Vabadussoja_Ajaloo_Komitee, lk 6
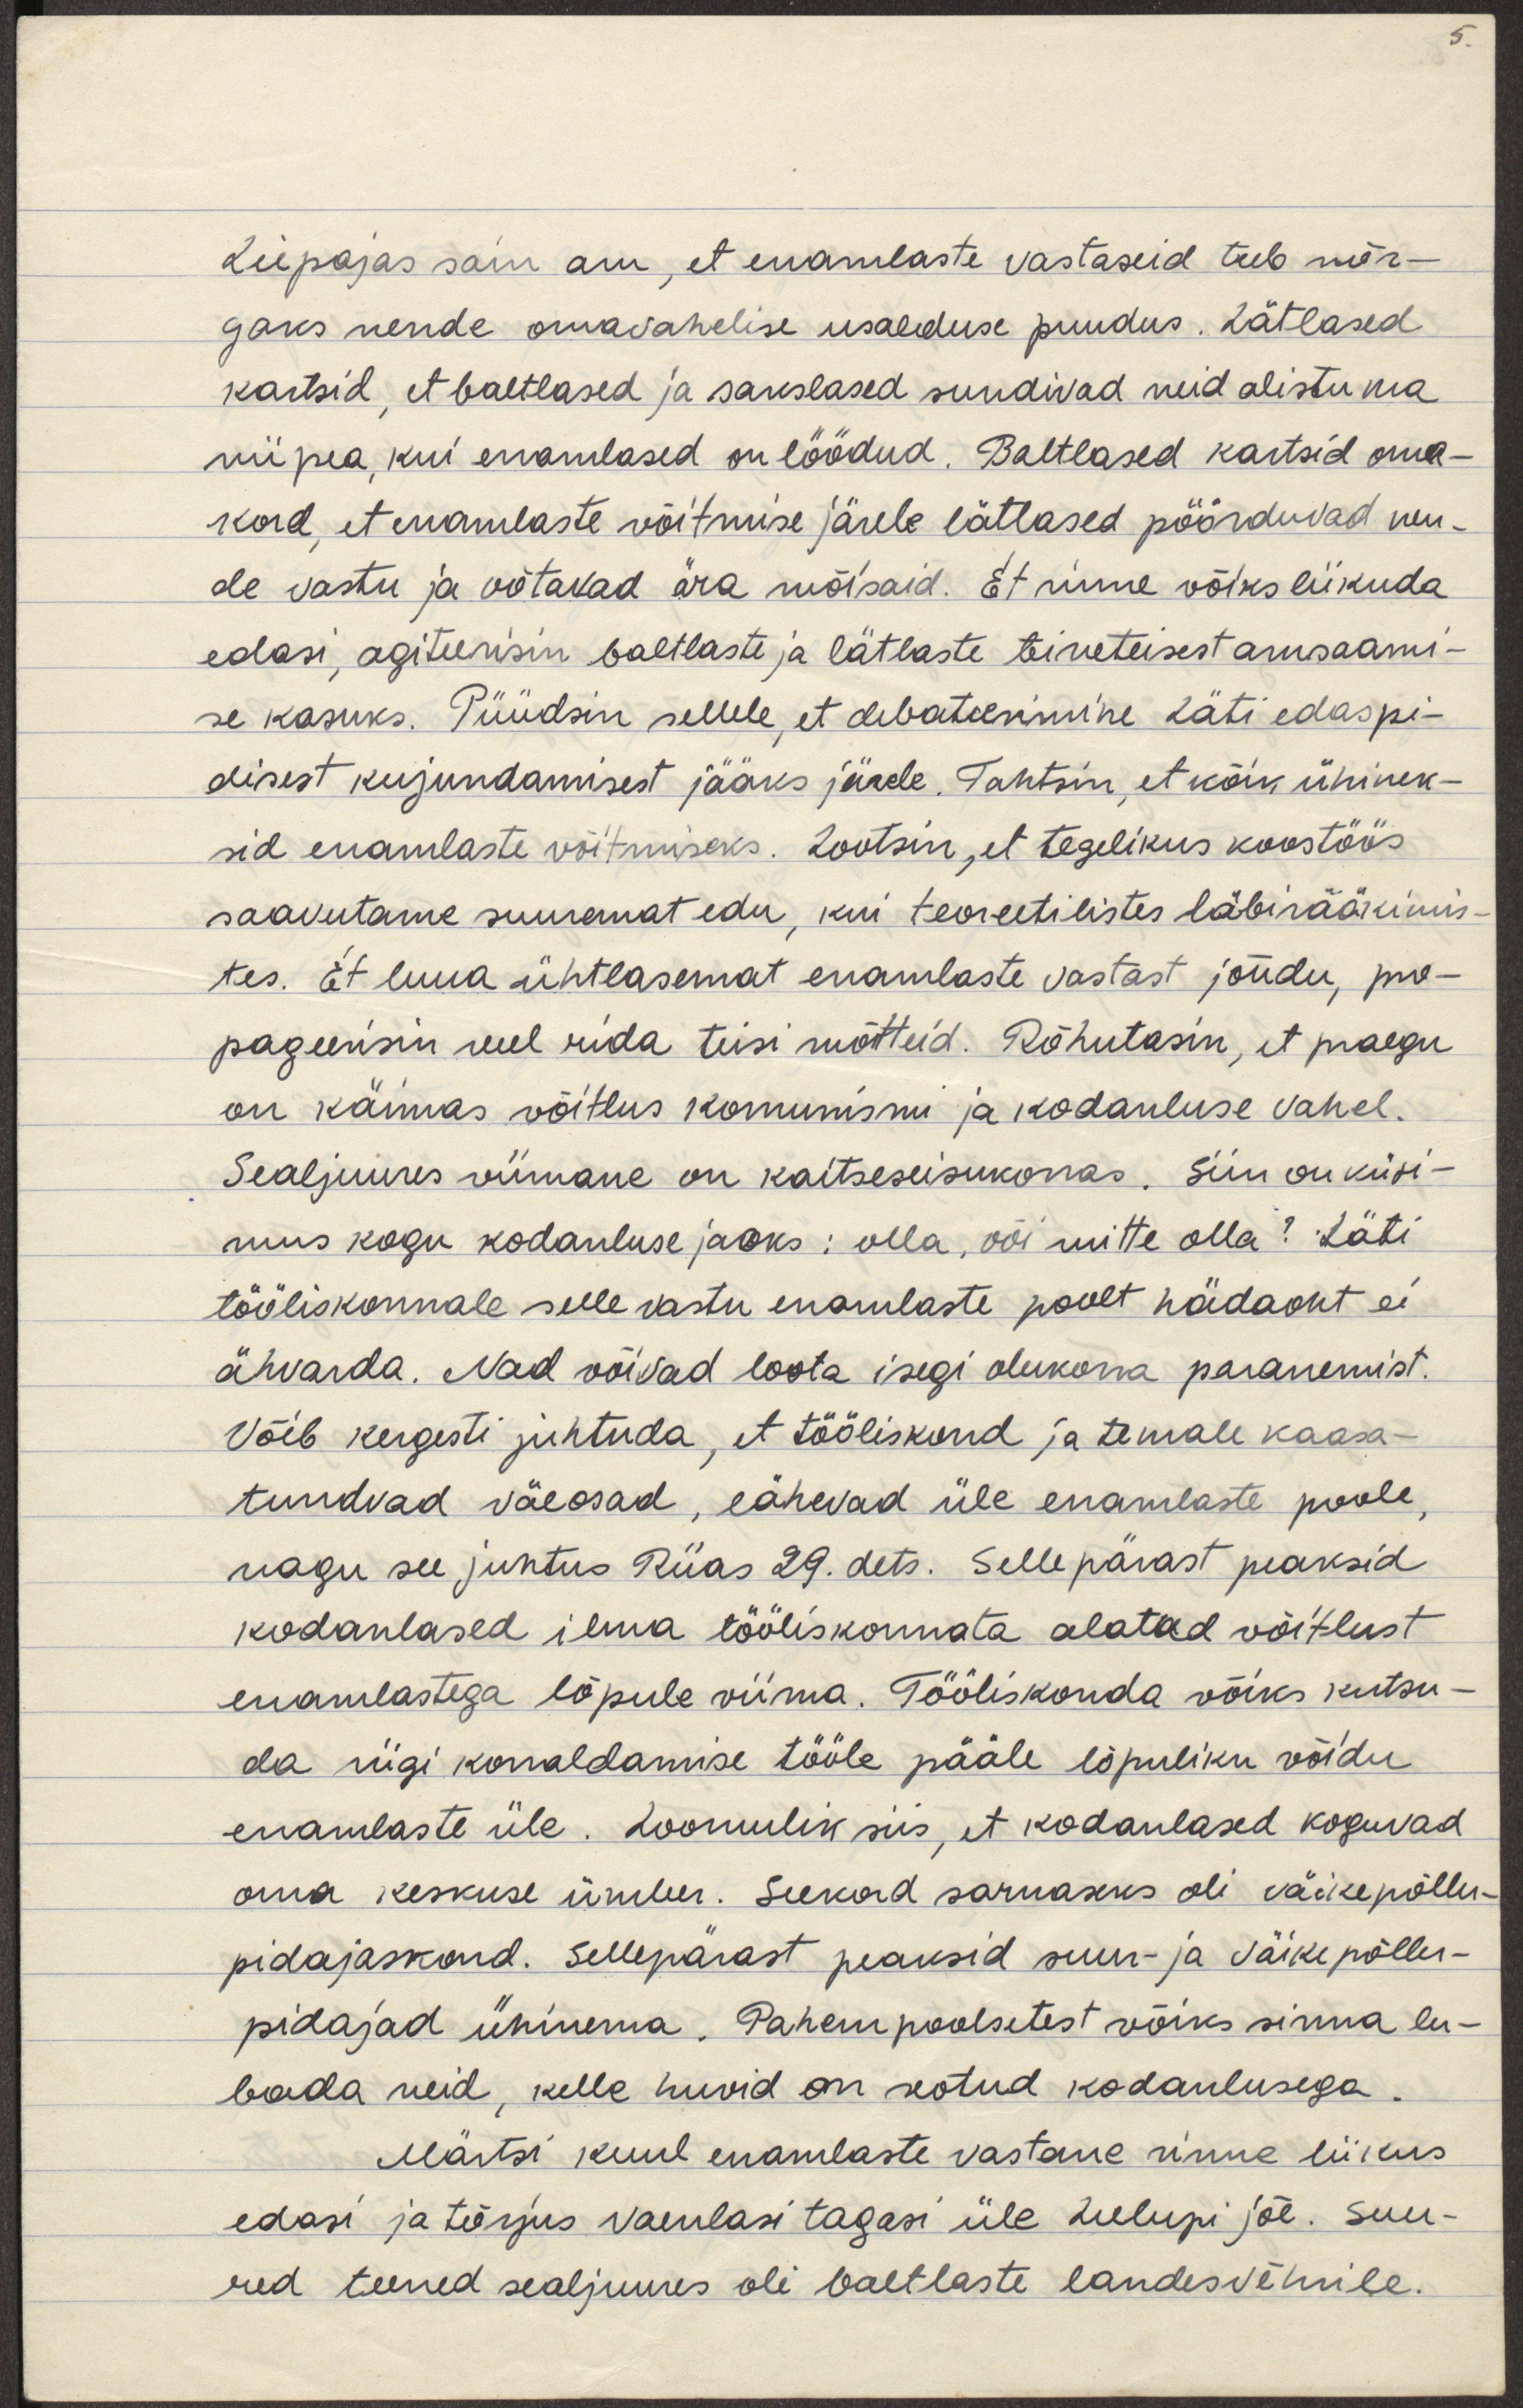
Liepajas sain aru, et enamlaste vastaseid teeb nõr-
gaks nende omavahelise usalduse puudus. Lätlased
kartsid, et baltlased ja sakslased sundivad neid alistuma
niipea, kui enamlased on löödud. Baltlased kartsid oma-
kord, et enamlaste võitmise järele lätlased pöörduvad nen-
de vastu ja võtavad ära mõisaid. Et rinne võiks liikuda
edasi, agiteerisin baltlaste ja lätlaste teineteisest arusaami-
se kasuks. Püüdsin sellele, et debateerimine Läti edaspi-
disest kujundamisest jääks järele. Tahtsin, et kõik ühinek-
sid enamlaste võitmiseks. Lootsin, et tegelikus koostöös
saavutame suuremat edu, kui teoreetilistes läbirääkimis-
tes. Et luua ühtlasemat enamlaste vastast jõudu, pro-
pageerisin veel rida teisi mõtteid. Rõhutasin, et praegu
on käimas võitlus komunismi ja kodanluse vahel.
Sealjuures viimane on kaitseseisukorras. Siin on küsi-
mus kogu kodanluse jaoks: olla, või mitte olla? Läti
tööliskonnale selle vastu enamlaste poolt hädaoht ei
ähvarda. Nad võivad loota isegi olukorra paranemist.
Võib kergesti juhtuda, et tööliskond ja temale kaasa-
tundvad väeosad, lähevad üle enamlaste poole,
nagu see juhtus Riias 29. dets. Sellepärast peaksid
kodanlased ilma tööliskonnata alatud võitlust
enamlastega lõpule viima. Tööliskond võiks kutsu-
da riigi korraldamise tööle pääle lõpliku võidu
enamlaste üle. Loomulik siis, et kodanlased koguvad
oma keskuse ümber. Seekord sarnaseks oli väikepõllu-
pidajaskond. Sellepärast peaksid suur- ja väikepõllu-
pidajad ühinema. Pahempoolsetest võiks sinna lu-
bada neid, kelle huvid on seotud kodanlusega.
Märtsi kuul enamlaste vastane rinne liikus
edasi ja tõrjus vaenlasi tagasi üle Lielupi jõe. Suu-
red teened sealjuures oli baltlaste landesvehrile.